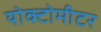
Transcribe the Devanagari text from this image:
योक्टोमीटर